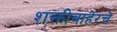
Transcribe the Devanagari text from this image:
शक्तीबाहेरचे